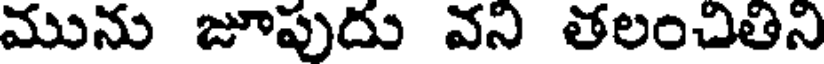
మును జూపుదు వని తలంచితిని